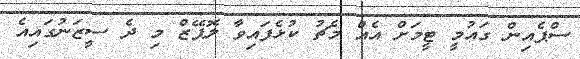
ސްޕެއިން ގައުމީ ޓީމަށް އެއް މެޗު ކުޅެފައިވާ ލޮޕޭޒް މި ދެ ސީޒަނުގައިއެ